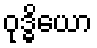
ဝုဒ္ဓိယော